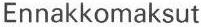
Ennakkomaksut